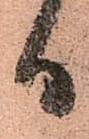
日